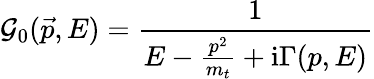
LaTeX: {\cal G}_{0}(\vec{p},E)={\frac{1}{E-{\frac{p^{2}}{m_{t}}}+\mathrm{i}\Gamma(p,E)}}